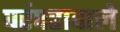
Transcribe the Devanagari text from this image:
परंपरावाले